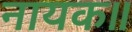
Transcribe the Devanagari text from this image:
नायक॥